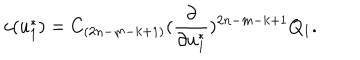
LaTeX: c ( u _ { 1 } ^ { * } ) = C _ { ( 2 n - m - k + 1 ) } ( { \frac { \partial } { \partial u _ { 1 } ^ { * } } } ) ^ { 2 n - m - k + 1 } Q _ { 1 } .